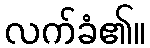
လက်ခံ၏။